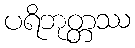
ပရိဘုတ္တဿ